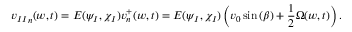
{ v _ { I I } } _ { n } ( w , t ) = E ( \psi _ { I } , \chi _ { I } ) { v } _ { n } ^ { + } ( w , t ) = E ( \psi _ { I } , \chi _ { I } ) \left( v _ { 0 } \sin { ( \beta ) } + \frac { 1 } { 2 } \Omega ( w , t ) \right) .